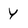
Character: Y